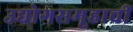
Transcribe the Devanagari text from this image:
उद्योगसमूहाचीं